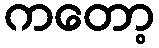
ကတော့